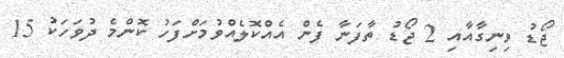
ޖޯޑު ވިނިގާއާއި 2 ޖޯޑު ތާފަނާ ފެން އެއްކޮލެއްވުމަށްފަހު ކޮންމެ ދުވަހަކު 15